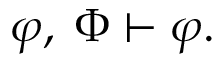
\varphi , \; \Phi \vdash \varphi .